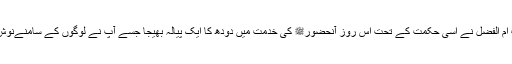
حضرت ام الفضل ؓنے اسی حکمت کے تحت اس روز آنحضورﷺ کی خدمت میں دودھ کا ایک پیالہ بھیجا جسے آپ نے لوگوں کے سامنےنوش فرمایا۔